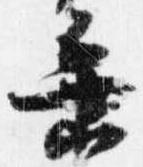
乗